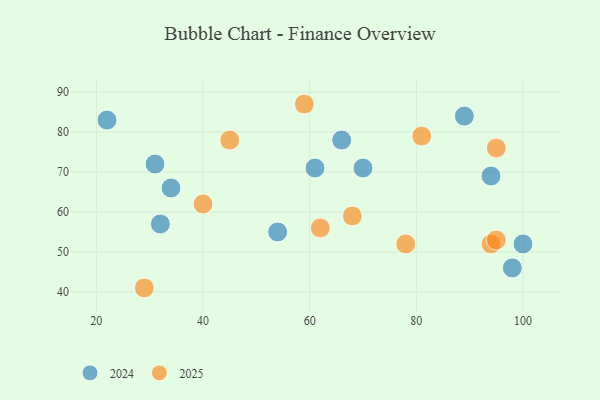
{"axis": {"x": "GDP", "y": "Life Expectancy"}, "legend": ["2024", "2025"], "data": [{"x": "98", "y": 46, "type": "2024"}, {"x": "100", "y": 52, "type": "2024"}, {"x": "66", "y": 78, "type": "2024"}, {"x": "61", "y": 71, "type": "2024"}, {"x": "32", "y": 57, "type": "2024"}, {"x": "22", "y": 83, "type": "2024"}, {"x": "34", "y": 66, "type": "2024"}, {"x": "70", "y": 71, "type": "2024"}, {"x": "31", "y": 72, "type": "2024"}, {"x": "94", "y": 69, "type": "2024"}, {"x": "89", "y": 84, "type": "2024"}, {"x": "54", "y": 55, "type": "2024"}, {"x": "68", "y": 59, "type": "2025"}, {"x": "95", "y": 76, "type": "2025"}, {"x": "40", "y": 62, "type": "2025"}, {"x": "78", "y": 52, "type": "2025"}, {"x": "29", "y": 41, "type": "2025"}, {"x": "81", "y": 79, "type": "2025"}, {"x": "62", "y": 56, "type": "2025"}, {"x": "94", "y": 52, "type": "2025"}, {"x": "95", "y": 53, "type": "2025"}, {"x": "45", "y": 78, "type": "2025"}, {"x": "59", "y": 87, "type": "2025"}]}